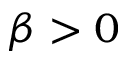
\beta > 0